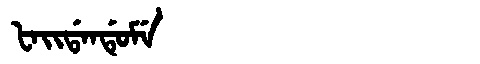
Manchu: ᡶᠠᡳᡩᠠᠨᡩᡠᠮᡝ
Romanization: FAIDANDUME